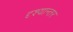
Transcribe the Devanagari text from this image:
दृश्यान्तर